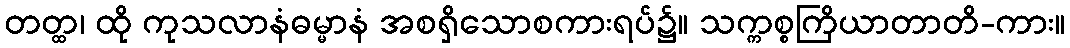
တတ္ထ၊ ထို ကုသလာနံဓမ္မာနံ အစရှိသောစကားရပ်၌။ သက္ကစ္စကြိယာတာတိ-ကား။